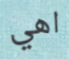
اهي